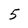
Character: 5